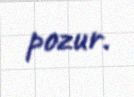
pozur.